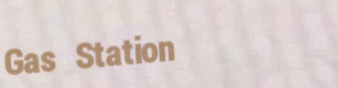
Gas Station